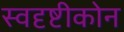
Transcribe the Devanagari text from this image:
स्वदृष्टीकोन